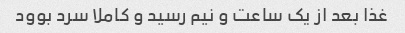
غذا بعد از یک ساعت و نیم رسید و کاملا سرد بوود